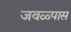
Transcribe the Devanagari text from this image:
जवळ्पास